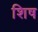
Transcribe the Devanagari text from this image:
शिष